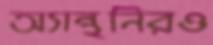
অ্যান্থনিরও